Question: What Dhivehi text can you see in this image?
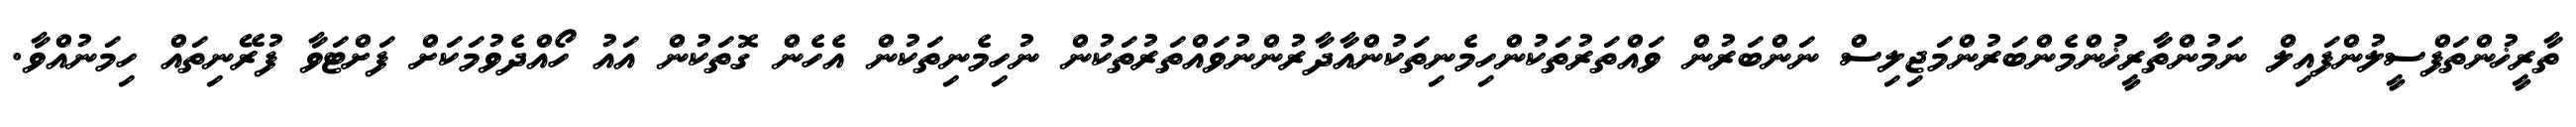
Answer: ތާރީޚުންތަފްސީލުންފައިލް ނަމުންތާރީޚުންމެންބަރުންމަޖިލިސް ނަންބަރުން ވައްތަރުތަކުންހިމެނިތަކުންއާދާރުންނުވައްތަރުތަކުން ނުހިމެނިތަކުން އެހެން ގޮތަކުން އައު ހޯއްދެވުމަކަށް ފަށްޓަވާ ފުރޭނިތައް ހިމަނުއްވާ.